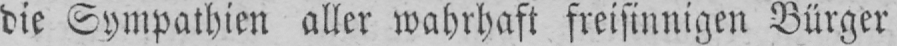
die Sympathien aller wahrhaft freisinnigen Bürger